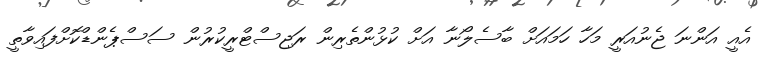
އެއީ އަންނަ ޖެނުއަރީ މަހާ ހަމައަށް ބާސެލޯނާ އަށް ކުޅުންތެރިން ރަޖިސްޓްރީކުރުން ސަސްޕެންޑްކޮށްފައިވާތީ